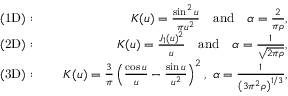
\begin{array} { r l r } { \mathrm { ( 1 D ) } : } & { { } \ } & { K ( u ) = \frac { \sin ^ { 2 } u } { \pi u ^ { 2 } } \quad \mathrm { a n d } \quad \alpha = \frac { 2 } { \pi \rho } , } \\ { \mathrm { ( 2 D ) } : } & { { } \ } & { K ( u ) = \frac { J _ { 1 } ( u ) ^ { 2 } } { u } \quad \mathrm { a n d } \quad \alpha = \frac { 1 } { \sqrt { 2 \pi \rho } } , } \\ { \mathrm { ( 3 D ) } : } & { { } \ } & { K ( u ) = \frac { 3 } { \pi } \left( \frac { \cos u } { u } - \frac { \sin u } { u ^ { 2 } } \right) ^ { 2 } , \ \alpha = \frac { 1 } { \left( 3 \pi ^ { 2 } \rho \right) ^ { 1 / 3 } } , } \end{array}